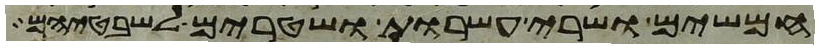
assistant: חמשים ושרי עשרות ושטרים לשבטיהם